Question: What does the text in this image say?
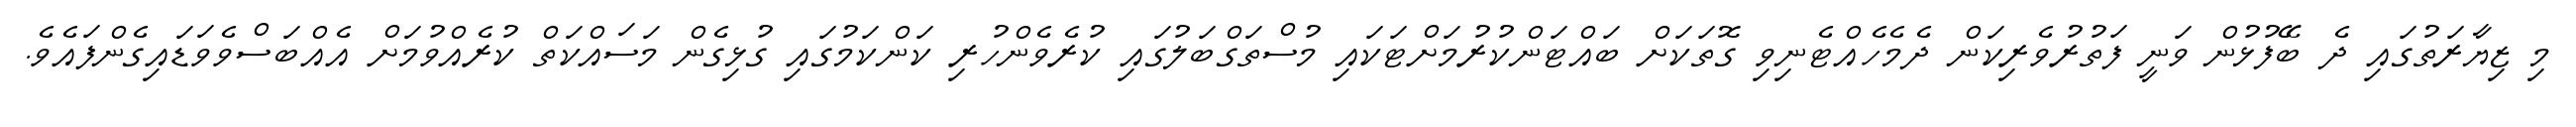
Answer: މި ޒިޔާރަތުގައި ދެ ބޭފުޅުން ވަނީ ފަތުރުވެރިކަން ދެމެހެއްޓެނިވި ގޮތަކަށް ބައްޓަންކުރުމަށްޓަކައި މުސްތަގްބަލުގައި ކުރެވެންހުރި ކަންކަމުގައި ގުޅިގެން މަސައްކަތް ކުރެއްވުމަށް އެއްބަސްވެވަޑައިގެންފައެވެ.